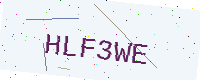
Text: HLF3WE